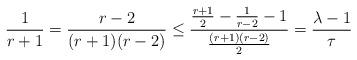
LaTeX: \begin{align*} \frac{1}{r+1} = \frac{r-2}{(r+1)(r-2)} \leq \frac{\frac{r+1}{2} - \frac{1}{r-2} - 1}{\frac{(r+1)(r-2)}{2}} = \frac{\lambda - 1}{\tau} \end{align*}